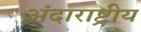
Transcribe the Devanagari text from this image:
अंदाराष्ट्रीय